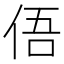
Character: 俉